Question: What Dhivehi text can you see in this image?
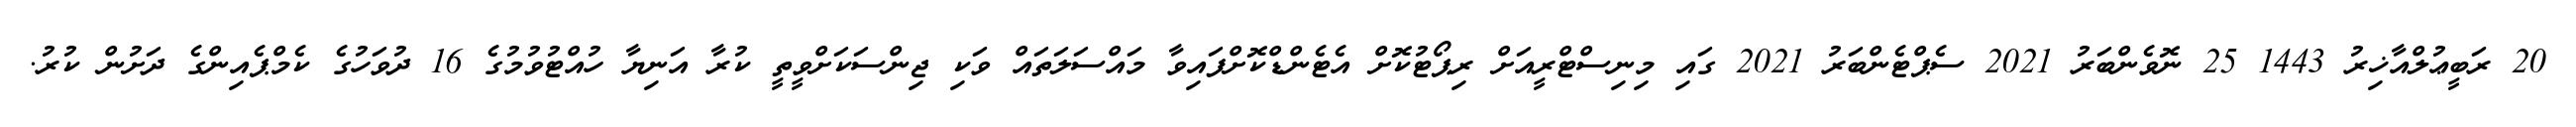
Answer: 20 ރަބީޢުލްއާޚިރު 1443 25 ނޮވެންބަރު 2021 ސެޕްޓެންބަރު 2021 ގައި މިނިސްޓްރީއަށް ރިޕޯޓުކޮށް އެޓެންޑްކޮށްފައިވާ މައްސަލަތައް ވަކި ޖިންސަކަށްވީތީ ކުރާ އަނިޔާ ހުއްޓުވުމުގެ 16 ދުވަހުގެ ކެމްޕެއިންގެ ދަށުން ކުރު.